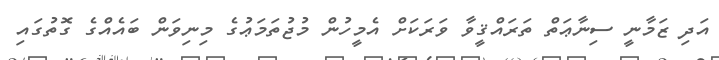
އަދި ޒަމާނީ ސިނާޢަތް ތަރައްޤީވާ ވަރަކަށް އެމީހުން މުޖުތަމަޢުގެ މިނިވަން ބައެއްގެ ގޮތުގައި